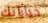
خياراتك